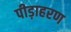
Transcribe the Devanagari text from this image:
पीड़ाहरण